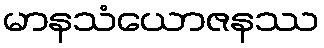
မာနသံယောဇနဿ